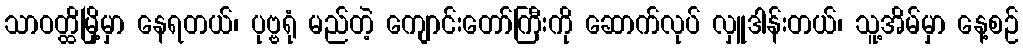
သာဝတ္ထိမြို့မှာ နေရတယ်၊ ပုဗ္ဗရုံ မည်တဲ့ ကျောင်းတော်ကြီးကို ဆောက်လုပ် လှူဒါန်းတယ်၊ သူ့အိမ်မှာ နေ့စဉ်